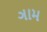
ઞામ